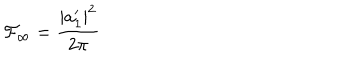
LaTeX: { \cal { F } } _ { \infty } = \frac { | a _ { 1 } ^ { \prime } | ^ { 2 } } { 2 \pi }